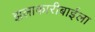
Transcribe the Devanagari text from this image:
झलाकारीबाईला